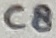
Text: C8